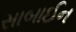
સાબાઈન